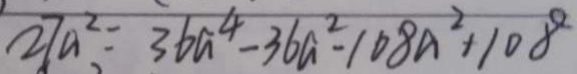
2 7 a ^ { 2 } = 3 6 a ^ { 4 } - 3 6 a ^ { 2 } - 1 0 8 a ^ { 2 } + 1 0 8